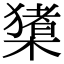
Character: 橥